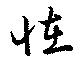
恠